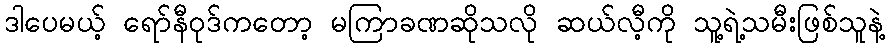
ဒါပေမယ့် ရော်နီဝုဒ်ကတော့ မကြာခဏဆိုသလို ဆယ်လီ့ကို သူ့ရဲ့သမီးဖြစ်သူနဲ့